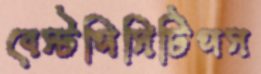
বেস্টপিসিটিপস